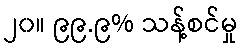
၂၀။ ၉၉.၉% သန့်စင်မှု